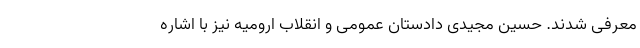
معرفی شدند. حسین مجیدی دادستان عمومی و انقلاب ارومیه نیز با اشاره